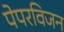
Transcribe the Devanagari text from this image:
पेपरविजन